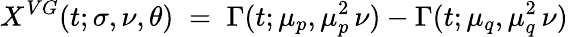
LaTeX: X^{VG}(t;\sigma,\nu,\theta)\; =\; \Gamma(t;\mu_{p},\mu_{p}^{2}\, \nu)-\Gamma(t;\mu_{q},\mu_{q}^{2}\, \nu)